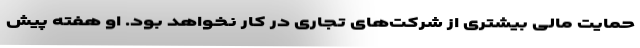
حمایت مالی بیشتری از شرکت‌های تجاری در کار نخواهد بود. او هفته پیش